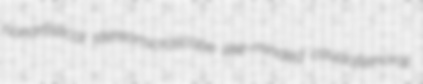
nonartistical stereomicroscope like-minded caudofemoral